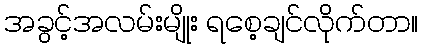
အခွင့်အလမ်းမျိုး ရစေ့ချင်လိုက်တာ။